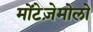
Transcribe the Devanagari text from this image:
मोंटेज़ेमोलो